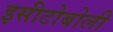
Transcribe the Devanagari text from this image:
इसीटोबोली